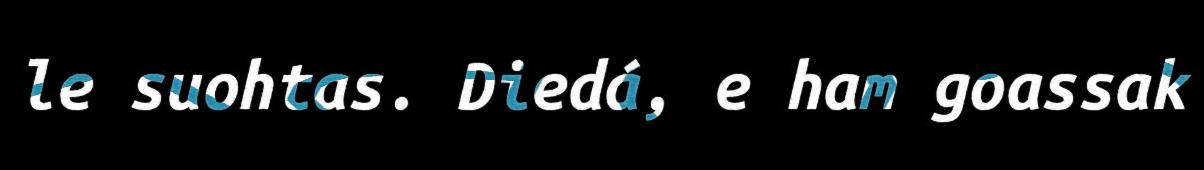
le suohtas. Diedá, e ham goassak